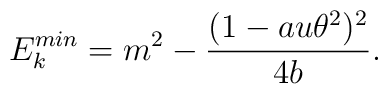
E_{k}^{min}=m^2-\frac{(1-au\theta^2)^2}{4b}.